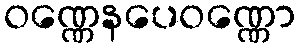
ဝဏ္ဏေနပေဝဏ္ဏော